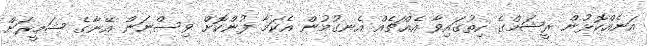
އަނެއްކޮޅުން ރީޝަމްގެ ހިތުގައިވާ އެއްޗެއް އެނގުމުން އެކަމާ ފުންކޮށް ވިސްނަން އޭނާގެ ޟަމީރަށް